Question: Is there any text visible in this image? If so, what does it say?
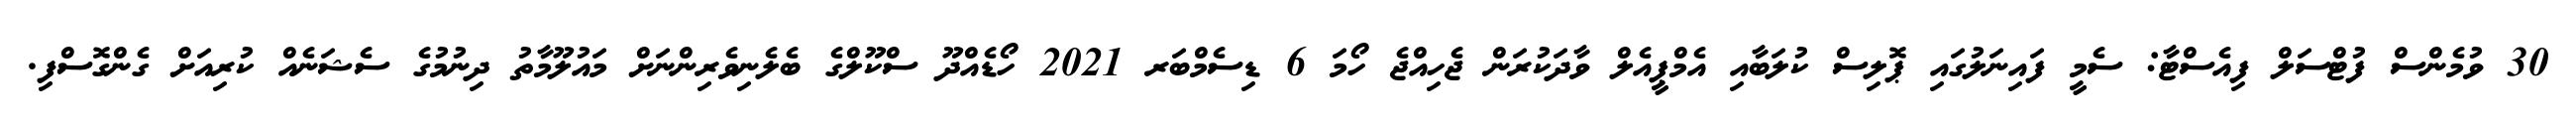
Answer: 30 ވުމެންސް ފުޓްސަލް ފިއެސްޓާ: ސެމީ ފައިނަލުގައި ޕޮލިސް ކުލަބާއި އެމްޕީއެލް ވާދަކުރަން ޖެހިއްޖެ ހޯމަ 6 ޑިސެމްބަރ 2021 ހޯޑެއްދޫ ސްކޫލްގެ ބެލެނިވެރިންނަށް މައުލޫމާތު ދިނުމުގެ ސެޝަނެއް ކުރިއަށް ގެންގޮސްފި.